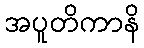
အပူတိကာနိ